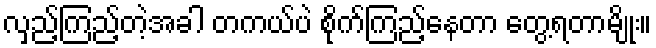
လှည့်ကြည့်တဲ့အခါ တကယ်ပဲ စိုက်ကြည့်နေတာ တွေ့ရတာမျိုး။